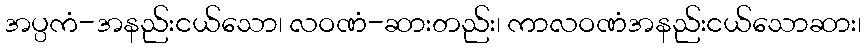
အပ္ပကံ-အနည်းငယ်သော၊ လဝဏံ-ဆားတည်း၊ ကာလဝဏံအနည်းငယ်သောဆား၊